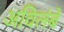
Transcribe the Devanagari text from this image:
अविलंबें